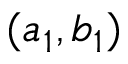
( a _ { 1 } , b _ { 1 } )